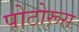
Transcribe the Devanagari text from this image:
पोटोरूस